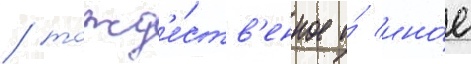
/ тожд'е́ств'енное и́ ино́е